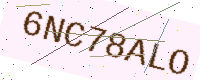
Text: 6NC78ALO